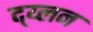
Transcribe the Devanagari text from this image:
द्य्लन